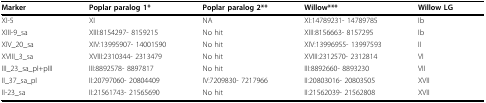
<table><thead><tr><td><b>Marker</b></td><td><b>Poplar paralog 1*</b></td><td><b>Poplar paralog 2**</b></td><td><b>Willow ***</b></td><td><b>Willow LG</b></td></tr></thead><tbody><tr><td>XI-5</td><td>XI</td><td>NA</td><td>XI:14789231- 14789785</td><td>Ib</td></tr><tr><td>XIII-9_sa</td><td>XIII:8154297- 8159215</td><td>No hit</td><td>XIII:8156663- 8157295</td><td>Ib</td></tr><tr><td>XIV_20_sa</td><td>XIV:13995907- 14001590</td><td>No hit</td><td>XIV:13996955- 13997593</td><td>II</td></tr><tr><td>XVIII_3_sa</td><td>XVIII:2310344- 2313479</td><td>No hit</td><td>XVIII:2312570- 2312814</td><td>VI</td></tr><tr><td>III_23_sa_pI+pIII</td><td>III:8892578- 8897817</td><td>No hit</td><td>III:8892660- 8893230</td><td>VII</td></tr><tr><td>II_37_sa_pI</td><td>II:20797060- 20804409</td><td>IV:7209830- 7217966</td><td>II:20803016- 20803505</td><td>XVII</td></tr><tr><td>II-23_sa</td><td>II:21561743- 21565690</td><td>No hit</td><td>II:21562039- 21562808</td><td>XVII</td></tr></tbody></table>